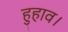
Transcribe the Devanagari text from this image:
हुहाव।